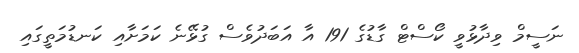
ނަސީމް ވިދާޅުވީ ކޯސްޓް ގާޑުގެ 191 އާ އަބަދުވެސް ގުޅޭނެ ކަމަށާއި ކަނޑުމަތީގައި